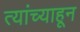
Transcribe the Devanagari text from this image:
त्यांच्याहून